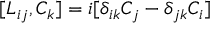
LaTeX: [ L _ { i j } , C _ { k } ] = i [ \delta _ { i k } C _ { j } - \delta _ { j k } C _ { i } ]